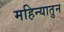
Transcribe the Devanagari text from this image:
महिन्यातुन